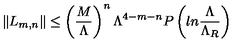
\| L _ { m , n } \| \leq \left( { \frac { M } { \Lambda } } \right) ^ { n } \Lambda ^ { 4 - m - n } P \left( l n { \frac { \Lambda } { \Lambda _ { R } } } \right)